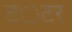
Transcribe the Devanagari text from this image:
टंेटर